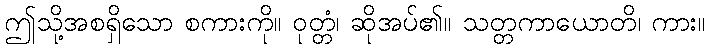
ဤသို့အစရှိသော စကားကို။ ဝုတ္တံ၊ ဆိုအပ်၏။ သတ္တကာယောတိ၊ ကား။